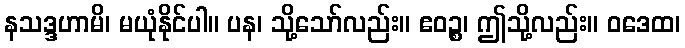
နသဒ္ဒဟာမိ၊ မယုံနိုင်ပါ။ ပန၊ သို့သော်လည်း။ ဧဝဉ္စ၊ ဤသို့လည်း။ ဝဒေထ၊